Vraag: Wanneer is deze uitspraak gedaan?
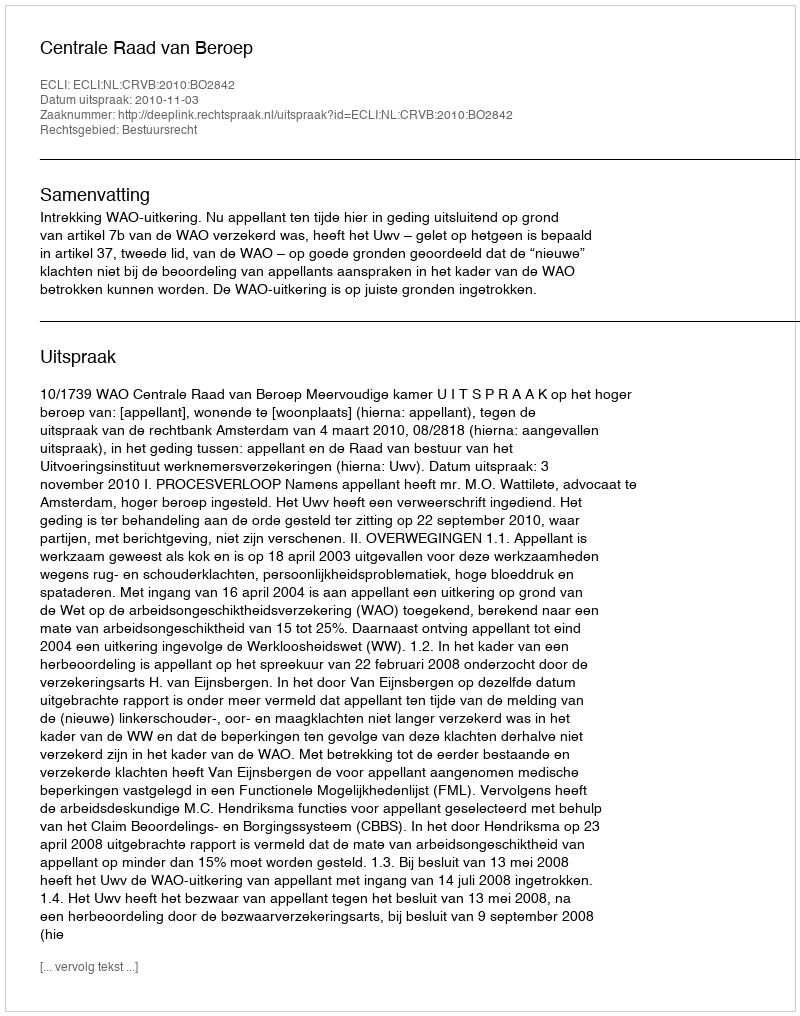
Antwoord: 2010-11-03